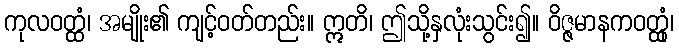
ကုလဝတ္ထံ၊ အမျိုး၏ ကျင့်ဝတ်တည်း။ ဣတိ၊ ဤသို့နှလုံးသွင်း၍။ ဝိဇ္ဇမာနကဝတ္ထုံ၊